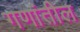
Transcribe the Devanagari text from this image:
गणांतील